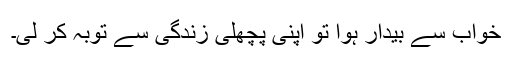
خواب سے بیدار ہوا تو اپنی پچھلی زندگی سے توبہ کر لی۔